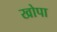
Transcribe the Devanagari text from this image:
खोपा